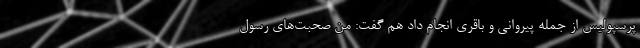
پرسپولیس از جمله پیروانی و باقری انجام داد هم گفت: من صحبت‌های رسول